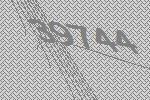
39744